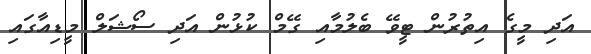
އަދި މީގެ އިތުރުން ޓީވޭ ބެލުމާއި ގޭމް ކުޅުން އަދި ސޯޝަލް މީޑިއާގައި